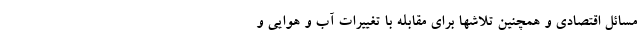
مسائل اقتصادی و همچنین تلاشها برای مقابله با تغییرات آب و هوایی و